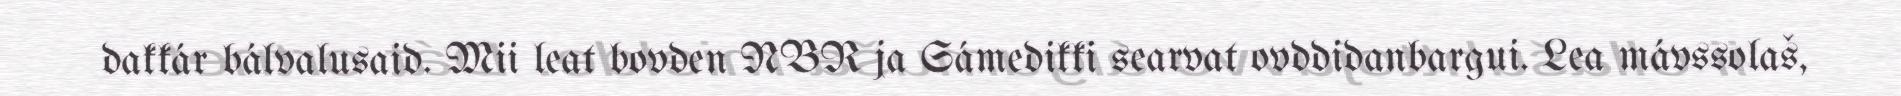
dakkár bálvalusaid. Mii leat bovden NBR ja Sámedikki searvat ovddidanbargui. Lea mávssolaš,